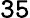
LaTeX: \mathtt{35}